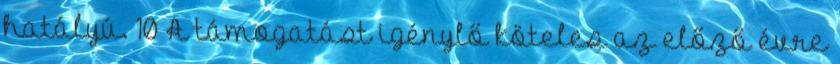
hatályú. 10 A támogatást igénylő köteles az előző évre